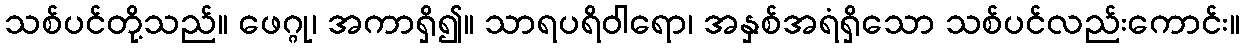
သစ်ပင်တို့သည်။ ဖေဂ္ဂု၊ အကာရှိ၍။ သာရပရိဝါရော၊ အနှစ်အရံရှိသော သစ်ပင်လည်းကောင်း။